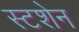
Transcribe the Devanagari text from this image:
स्टशेन